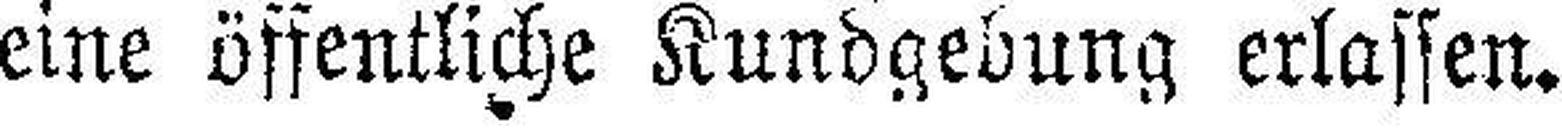
eine öffentliche Kundgebung erlassen.